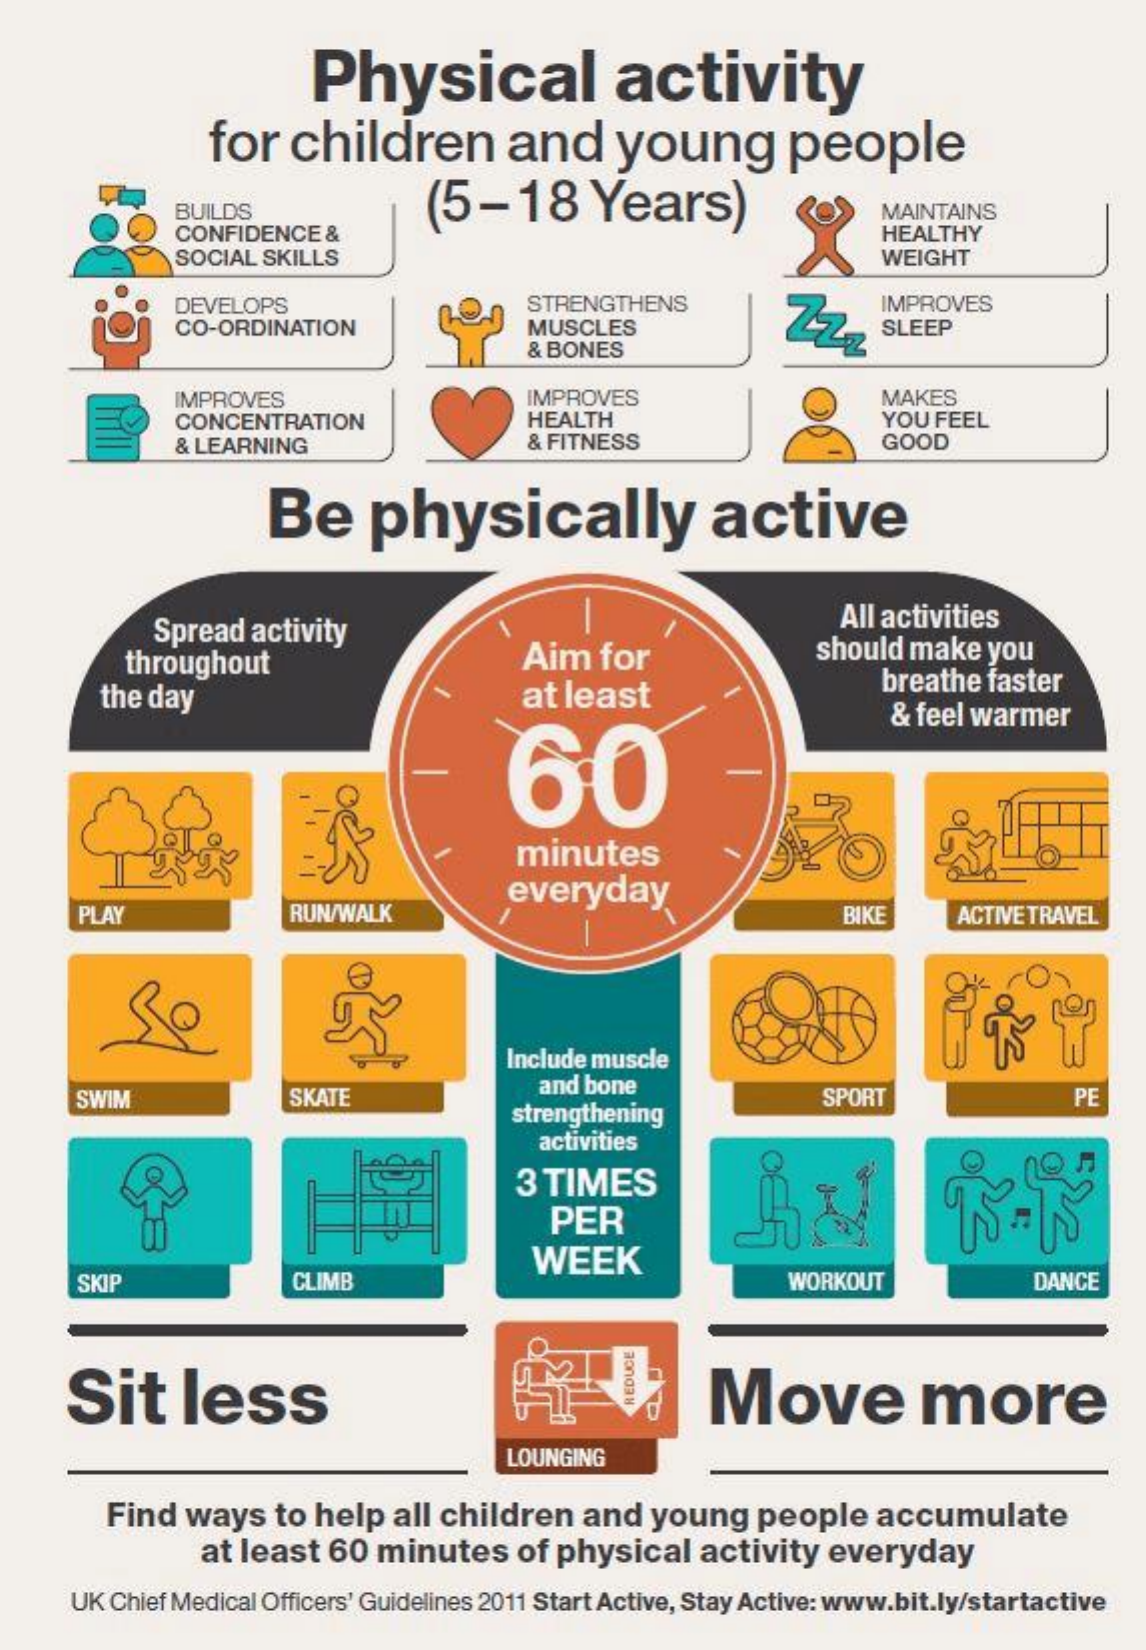
Physical    activity
     for   children    and    young    people
     (5-18    Years) BUILDS    MAINTAINS
     CONFIDENCE  &
     SOCIAL SKILLS
     HEALTHY
     WEIGHT
     DEVELOPS    STRENGTHENS
     Zz,
     IMPROVES
     CO-ORDINATION    MUSCLES
     & BONES
     SLEEP
     IMPROVES    IMPROVES    MAKES
     CONCENTRATION    HEALTH    YOU FEEL
     & LEARNING    & FITNESS    GOOD
     Be    physically    active
     Spread  activity
     All activities
     throughout    Aim   for    should make  you
     the day    at least    breathe faster
     60
     & feel warmer
     minutes
     PLAY    RUN/WALK
     everyday
     BIKE    ACTIVE TRAVEL
     Include muscle
     SWIM    SKATE    and bone
     strengthening
     SPORT    PE
     activities
     3 TIMES
     PER
     WEEK
     SKIP    CLIMB    WORKOUT    DANCE
     Sit    less    Move    more REDUCE
     LOUNGING
     Find  ways   to help  all children   and   young   people   accumulate
     at least  60  minutes    of physical   activity   everyday
     UK Chief Medical Officers' Guidelines 2011 Start Active, Stay Active: www.bit.ly/startactive